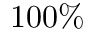
1 0 0 \%